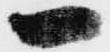
一